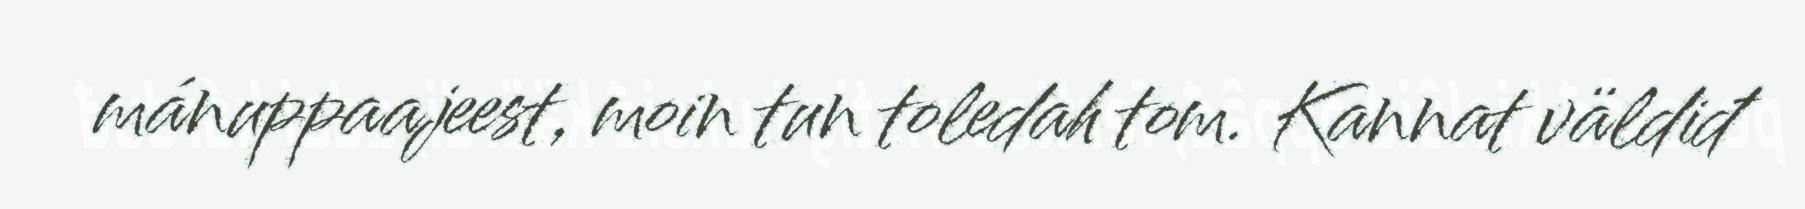
mánuppaajeest, moin tun toledah tom. Kannat väldiđ